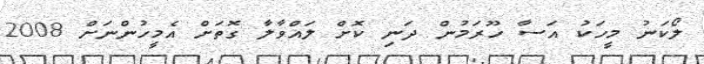
ލޯކަނު މީހަކު އަސާ ހޫރަމުން ދަނި ކޮށް ލަައްވާލާ ގޮތަށް އެމީހުންނަަށް 2008